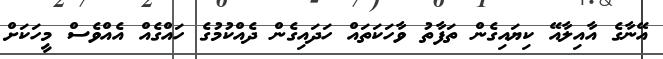
އޭނާގެ އާއިލާއޭ ކިޔައިގެން ތަފާތު ވާހަކަތައް ހަދައިގެން ދެއްކުމުގެ ހައްގެއް އެއްވެސް މީހަކަށް